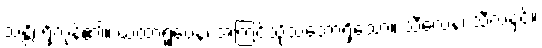
သန္တိ၊ ရှိကုန်၏။ ယထာရူပေန၊ အကြင်သို့သဘောရှိသော။ သီလေန၊ သီလနှင့်။